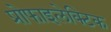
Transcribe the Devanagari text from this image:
प्रोफाइलेक्टिक